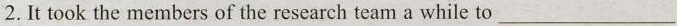
2.It took the members of the research team a while to ___